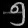
Digit: ၅